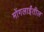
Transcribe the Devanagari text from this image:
मोंगलाईंतील